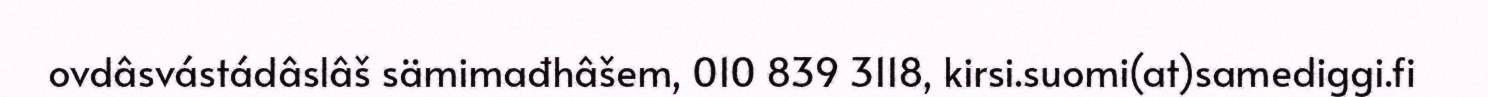
ovdâsvástádâslâš sämimađhâšem, 010 839 3118, kirsi.suomi(at)samediggi.fi